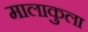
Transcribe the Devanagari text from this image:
मालाकुला